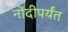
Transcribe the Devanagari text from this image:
नोंदीपर्यंत